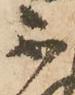
不